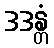
ဒဒန္တံ